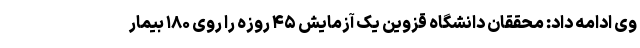
وی ادامه داد: محققان دانشگاه قزوین یک آزمایش ۴۵ روزه را روی ۱۸۰ بیمار